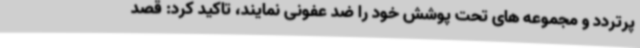
پرتردد و مجموعه های تحت پوشش خود را ضد عفونی نمایند، تاکید کرد: قصد